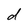
Character: d